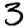
Digit: 3